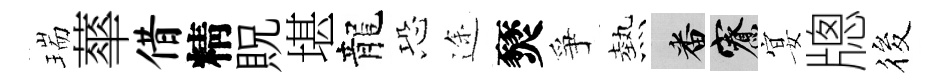
瑞蕐借精貺堪龍恐途燹爭熱番寮宴牕筱